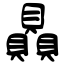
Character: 贔